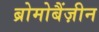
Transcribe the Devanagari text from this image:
ब्रोमोबैंज़ीन